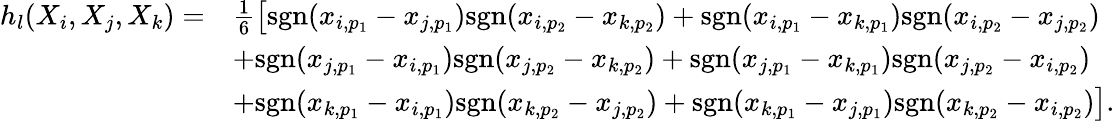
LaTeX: \begin{array}{rl}{h_{l}(X_{i},X_{j},X_{k})=}&{\frac{1}{6}\big[{\mathrm{sgn}}(x_{i,p_{1}}-x_{j,p_{1}}){\mathrm{sgn}}(x_{i,p_{2}}-x_{k,p_{2}})+{\mathrm{sgn}}(x_{i,p_{1}}-x_{k,p_{1}}){\mathrm{sgn}}(x_{i,p_{2}}-x_{j,p_{2}})}\\ &{+{\mathrm{sgn}}(x_{j,p_{1}}-x_{i,p_{1}}){\mathrm{sgn}}(x_{j,p_{2}}-x_{k,p_{2}})+{\mathrm{sgn}}(x_{j,p_{1}}-x_{k,p_{1}}){\mathrm{sgn}}(x_{j,p_{2}}-x_{i,p_{2}})}\\ &{+{\mathrm{sgn}}(x_{k,p_{1}}-x_{i,p_{1}}){\mathrm{sgn}}(x_{k,p_{2}}-x_{j,p_{2}})+{\mathrm{sgn}}(x_{k,p_{1}}-x_{j,p_{1}}){\mathrm{sgn}}(x_{k,p_{2}}-x_{i,p_{2}})\big].}\end{array}